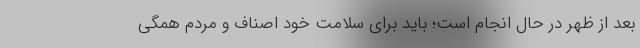
بعد از ظهر در حال انجام است؛ باید برای سلامت خود اصناف و مردم همگی